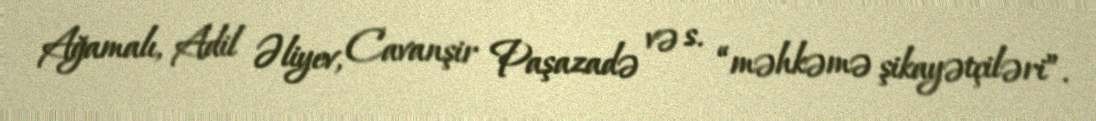
Ağamalı, Adil Əliyev, Cavanşir Paşazadə və s. “məhkəmə şikayətçiləri”.